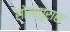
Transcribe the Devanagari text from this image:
सोलापुरास